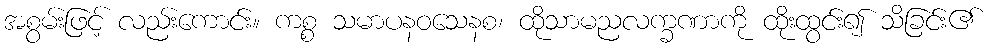
အစွမ်းဖြင့် လည်းကောင်း။ ကစ္စ သမာပနဝသေနစ၊ ထိုသာမညလက္ခဏာကို ထိုးထွင်း၍ သိခြင်း၏